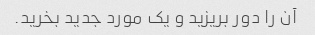
آن را دور بریزید و یک مورد جدید بخرید.